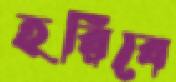
হরিবে